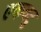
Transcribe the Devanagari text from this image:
एकवटु